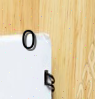
0